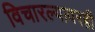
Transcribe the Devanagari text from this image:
विचारल्यावरही